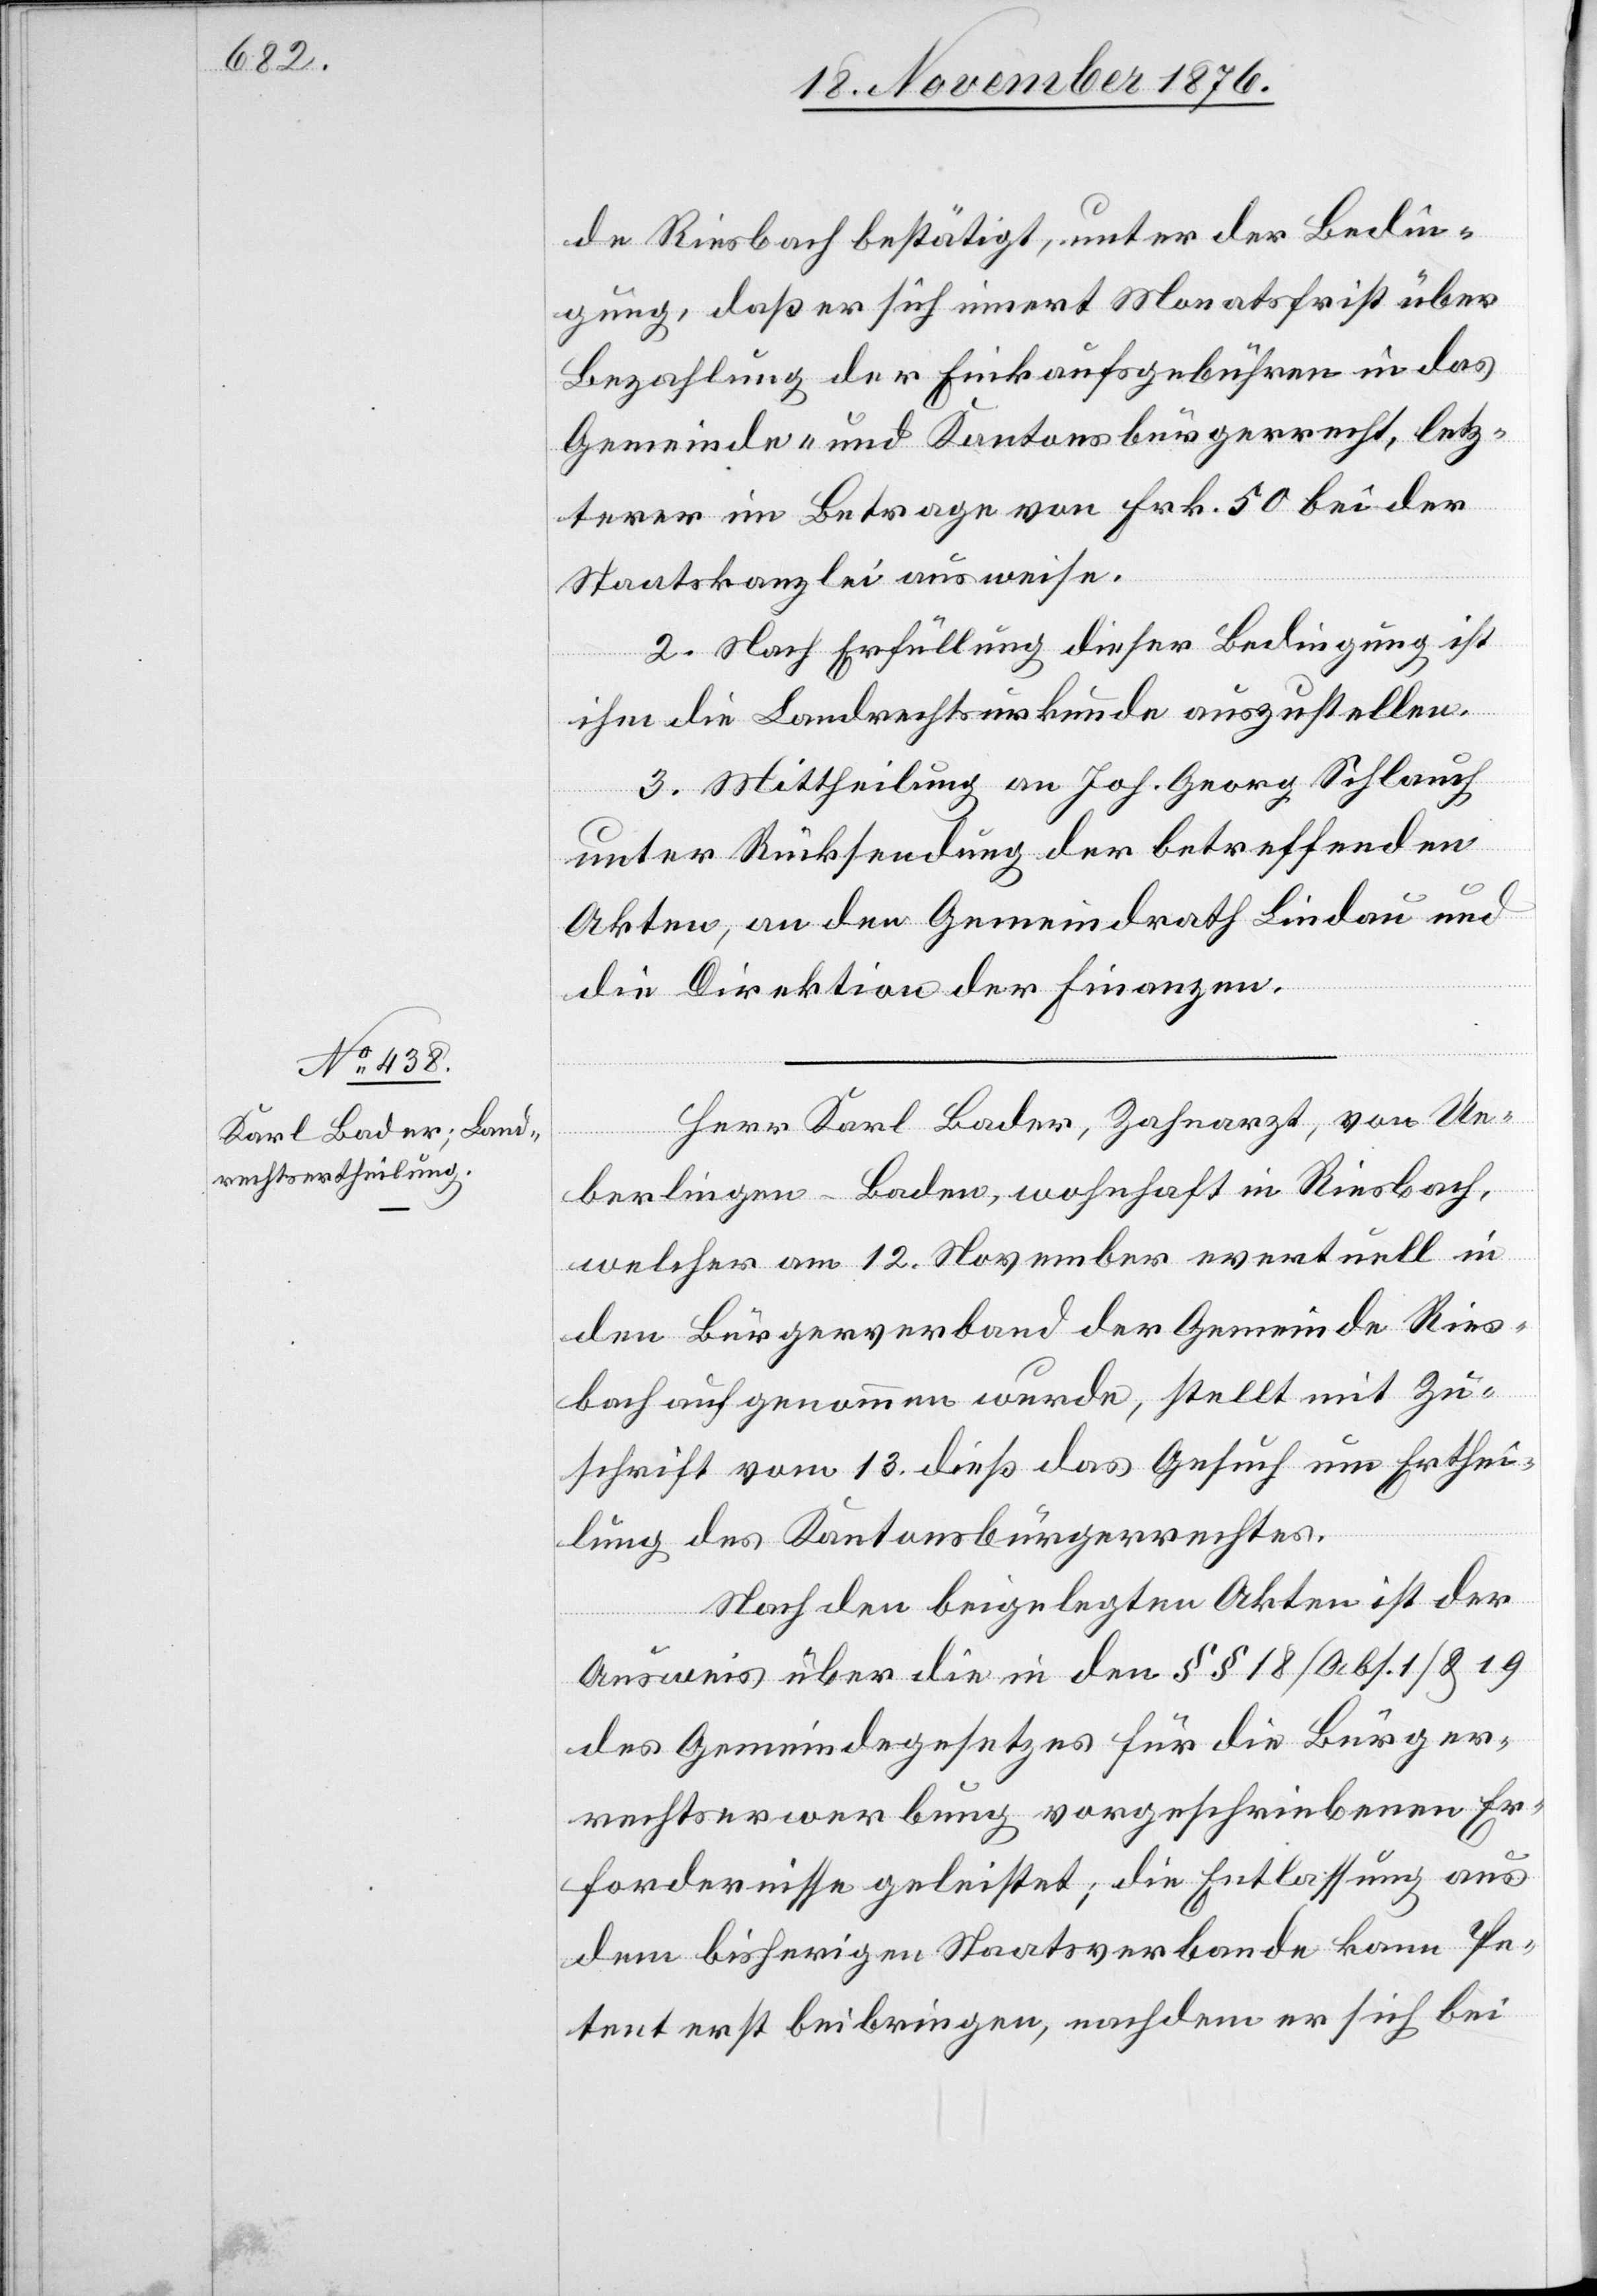
de Riesbach bestätigt, unter der Bedin¬
gung daß er sich innert Monatsfrist über
Bezahlung der Einkaufsgebühren in das
Gemeinde- und Kantonsbürgerrecht, letz¬
terer im Betrage von Frk. 50 bei der
Staatskanzlei ausweise.
2. Nach Erfüllung dieser Bedingung ist
ihm die Landrechtsurkunde auszustellen.
3. Mittheilung an Joh. Georg Schlauch
unter Rücksendung der betreffenden
Akten, an den Gemeindrath Lindau und
die Direktion der Finanzen.